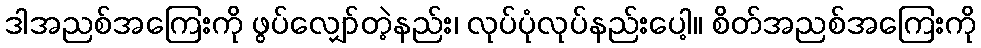
ဒါအညစ်အကြေးကို ဖွပ်လျှော်တဲ့နည်း၊ လုပ်ပုံလုပ်နည်းပေါ့။ စိတ်အညစ်အကြေးကို